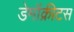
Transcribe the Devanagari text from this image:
डेमॉक्रीटस